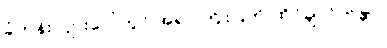
ခုံတန်းလျားပေါ်တွင် အရုပ်ကြိုးပြတ် ထိုင်ချလိုက်၏။